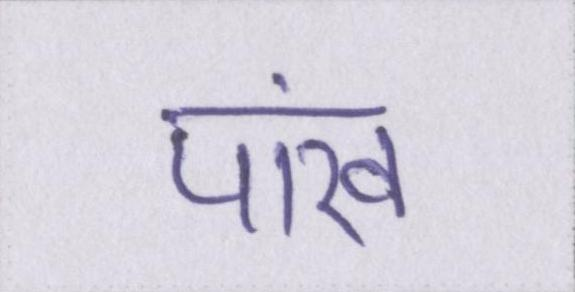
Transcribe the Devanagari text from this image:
पांख